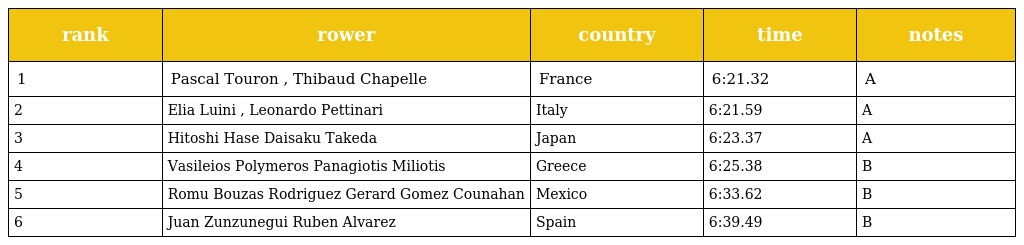
| rank | rower | country | time | notes |
 | --- | --- | --- | --- | --- |
 | 1 | Pascal Touron , Thibaud Chapelle | France | 6:21.32 | A |
 | 2 | Elia Luini , Leonardo Pettinari | Italy | 6:21.59 | A |
 | 3 | Hitoshi Hase Daisaku Takeda | Japan | 6:23.37 | A |
 | 4 | Vasileios Polymeros Panagiotis Miliotis | Greece | 6:25.38 | B |
 | 5 | Romu Bouzas Rodriguez Gerard Gomez Counahan | Mexico | 6:33.62 | B |
 | 6 | Juan Zunzunegui Ruben Alvarez | Spain | 6:39.49 | B |